Vaccine operations Central Provinces & Berar 1922-1929 - 1922-1929
Year: 1922
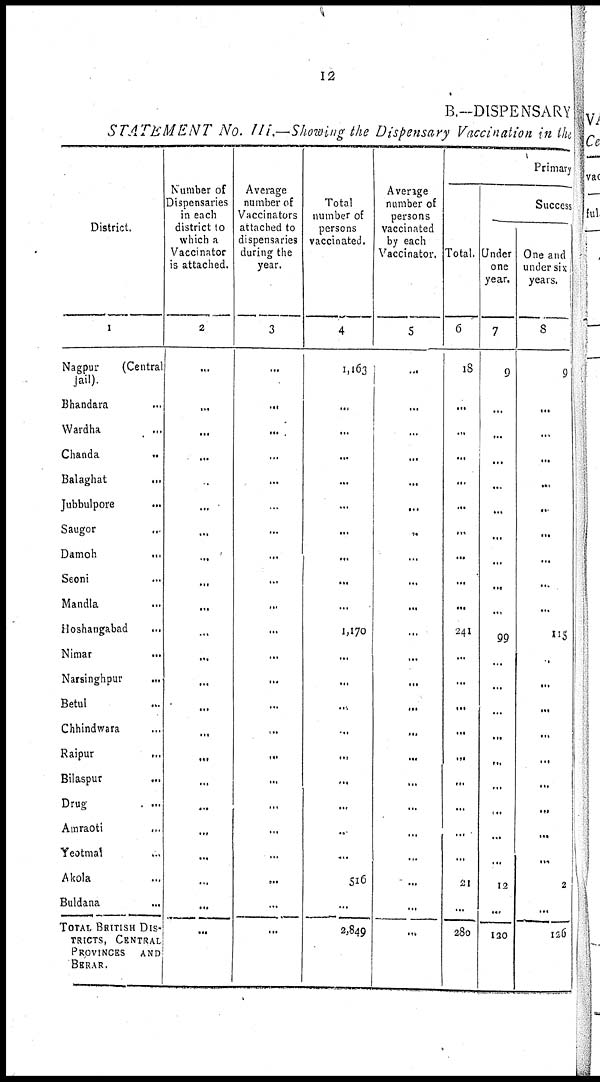
12
B.—DISPENSARY
STATEMENT No. III.—Showing the Dispensary Vaccination in the
District.
1
Nagpur
(Central
Jail)
Bhandara...
Wardha...
Chanda...
Balaghat...
Jubbulpore...
Saugor...
Damoh...
Seoni...
Mandla...
Hoshangabad...
Nimar...
Narsinghpur...
Betul...
Chhindwara...
Raipur...
Bilaspur...
Drug...
Amraoti...
Yeotmal...
Akola...
Buldana...
TOTAL BRITISH DIS-
------, CENTRAL
PROVINCES
AND
BERAR.
Number of
Dispensaries
in each
district to
which a
Vaccinator
is attached.
2
...
...
...
...
...
...
...
...
...
...
...
...
...
...
...
...
...
...
...
...
...
...
...
Average
number of
Vaccinators
attached to
dispensaries
during the
year.
3
...
...
...
...
...
...
...
...
...
...
...
...
...
...
...
...
...
...
...
...
...
...
...
Total
number of
persons
vaccinated.
4
1,163
...
...
...
...
...
...
...
...
...
1,170
...
...
...
...
...
...
...
..
...
516
...
2,849
Average
number of
persons
vaccinated
by each
Vaccinator.
5
...
...
...
...
...
...
..
...
...
...
...
...
...
...
...
...
...
...
...
...
...
...
...
Primary
Success
Total.
6
18
...
...
...
...
...
...
...
...
...
241
...
...
...
...
...
...
...
...
...
21
...
280
Under
one
year.
7
9
...
...
...
...
...
...
...
...
...
99
...
...
...
...
...
...
...
...
...
12
...
120
One and
under six
years.
8
9
...
...
...
...
..
...
...
...
...
115
...
...
...
...
...
...
...
...
...
2
...
126